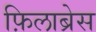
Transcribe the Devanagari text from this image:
फ़िलाब्रेस